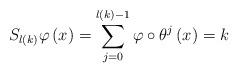
LaTeX: \begin{align*}S_{l(k)}\varphi\left(x\right)=\sum_{j=0}^{l(k)-1}\varphi\circ\theta^{j}\left(x\right)= k\end{align*}